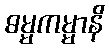
ဓမ္မကမ္မာနိ